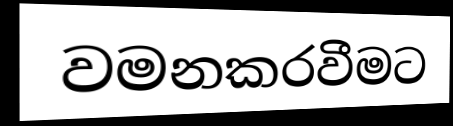
වමනකරවීමට